kultuurilooline_kollektsioon, lk 37
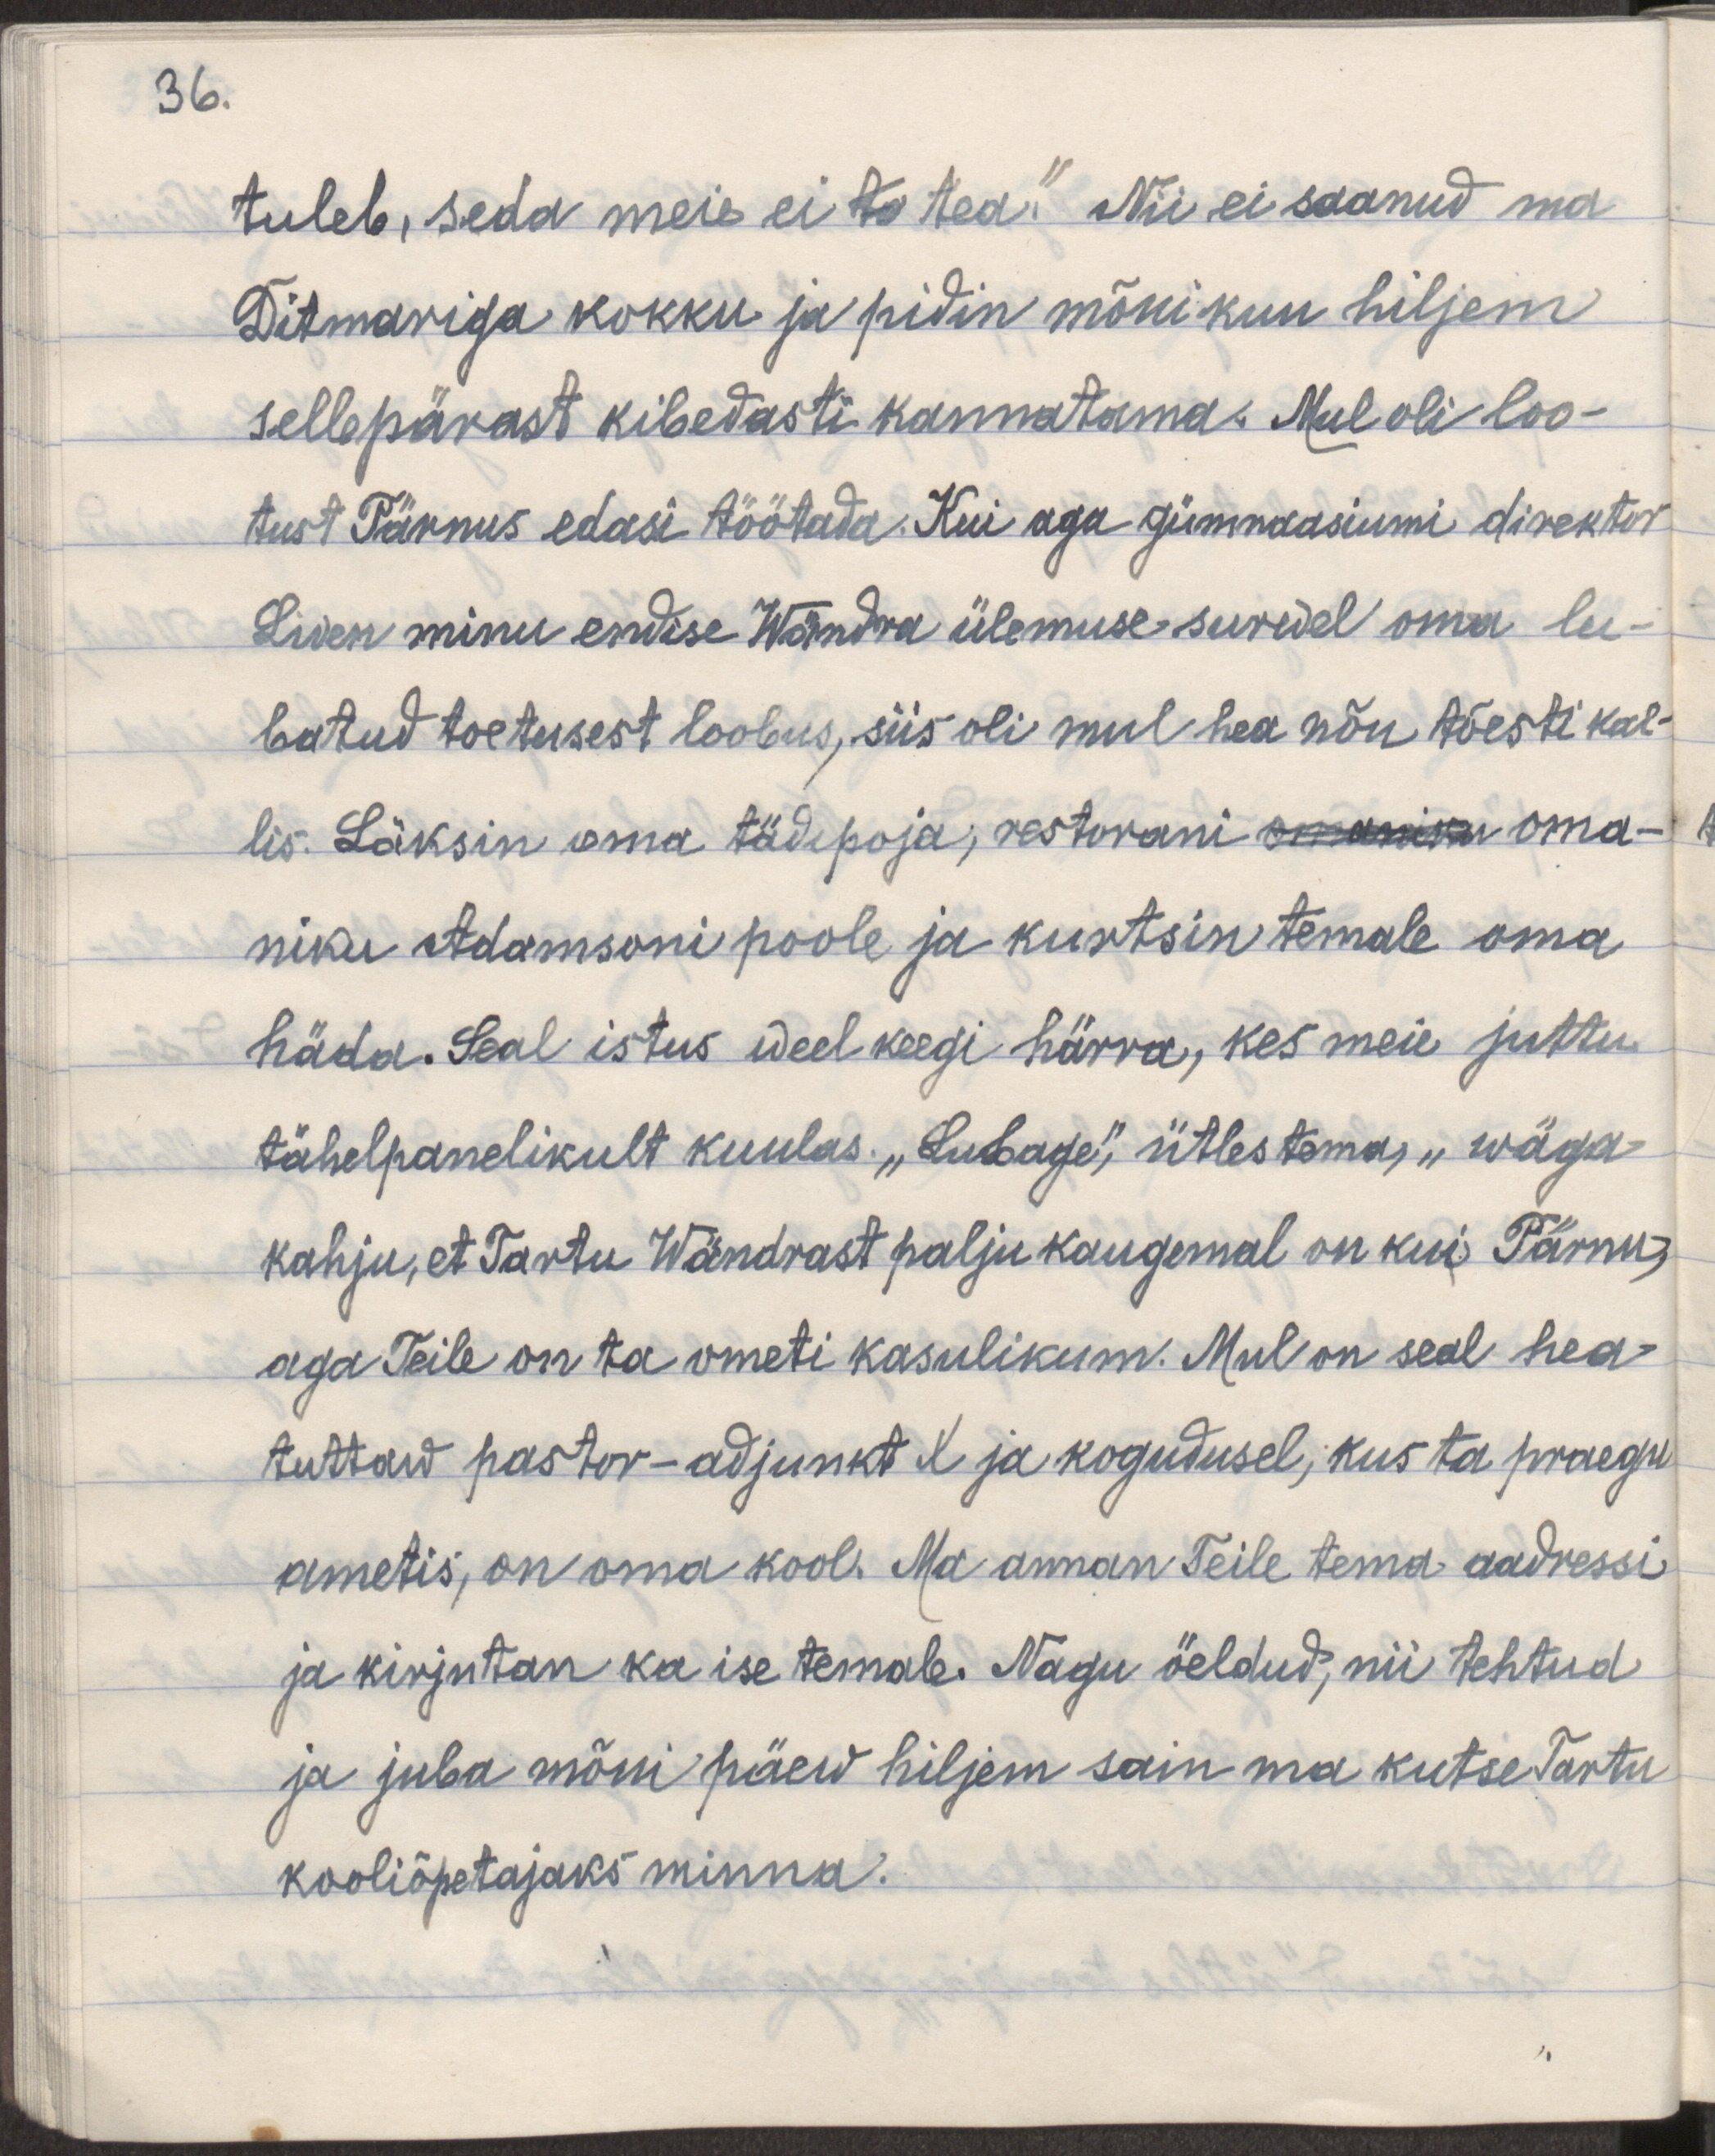
36.
tuleb, seda meie ei tea." Nii ei saanud ma 
Ditmariga kokku ja pidi mõni kuu hiljem
sellepärast kibedasti kannatama. Meil oli loo-
tust Pärnus edasi töötada. Kui aga gümnaasiumi direktor
Liven minu endise Wändra ülemuse surwel oma lu-
batud toetusest loobus, siis oli mul hea nõu tõesti kal-
lis. Läksin oma tädipoja, restorani omaniku oma-
niku Adamsoni poole ja kurtsin temale oma 
häda. Seal istus weel keegi härra, kes meie juttu 
tähepanelikult kuulas. „Lubage," ütles tema „wäga 
kahju, et Tartu Wändrast palju kaugemal kui Pärnu,
aga Teile on ta ometi kasulikum. Mul on seal hea 
tuttaw pastor-adjunkt X ja kogudusel, kus ta praegu
ametis, on oma kool. Ma annan Teile tema aadressi
ja kirjutan ka ise temale. Nagu öeldud, nii tehtud
ja juba mõni päew hiljem sain ma kutse Tartu
kooliõpetajaks minna.